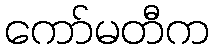
ကော်မတီက